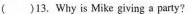
()13. Why is Mike giving a party?